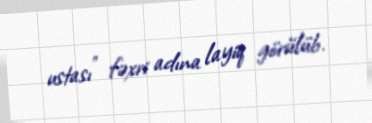
ustası" fəxri adına layiq görülüb.